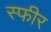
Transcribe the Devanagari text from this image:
स्फीर